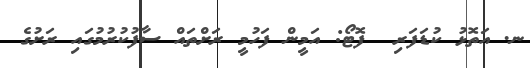
ނ. އަތޮޅު ކުޑަފަރި  ފޮޓޯ: އަމީން ފަހުމީ ރަށްތައް ސާފުކުރުމުގައި ރަށުގެ